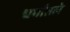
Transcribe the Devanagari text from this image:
धर्मांतले